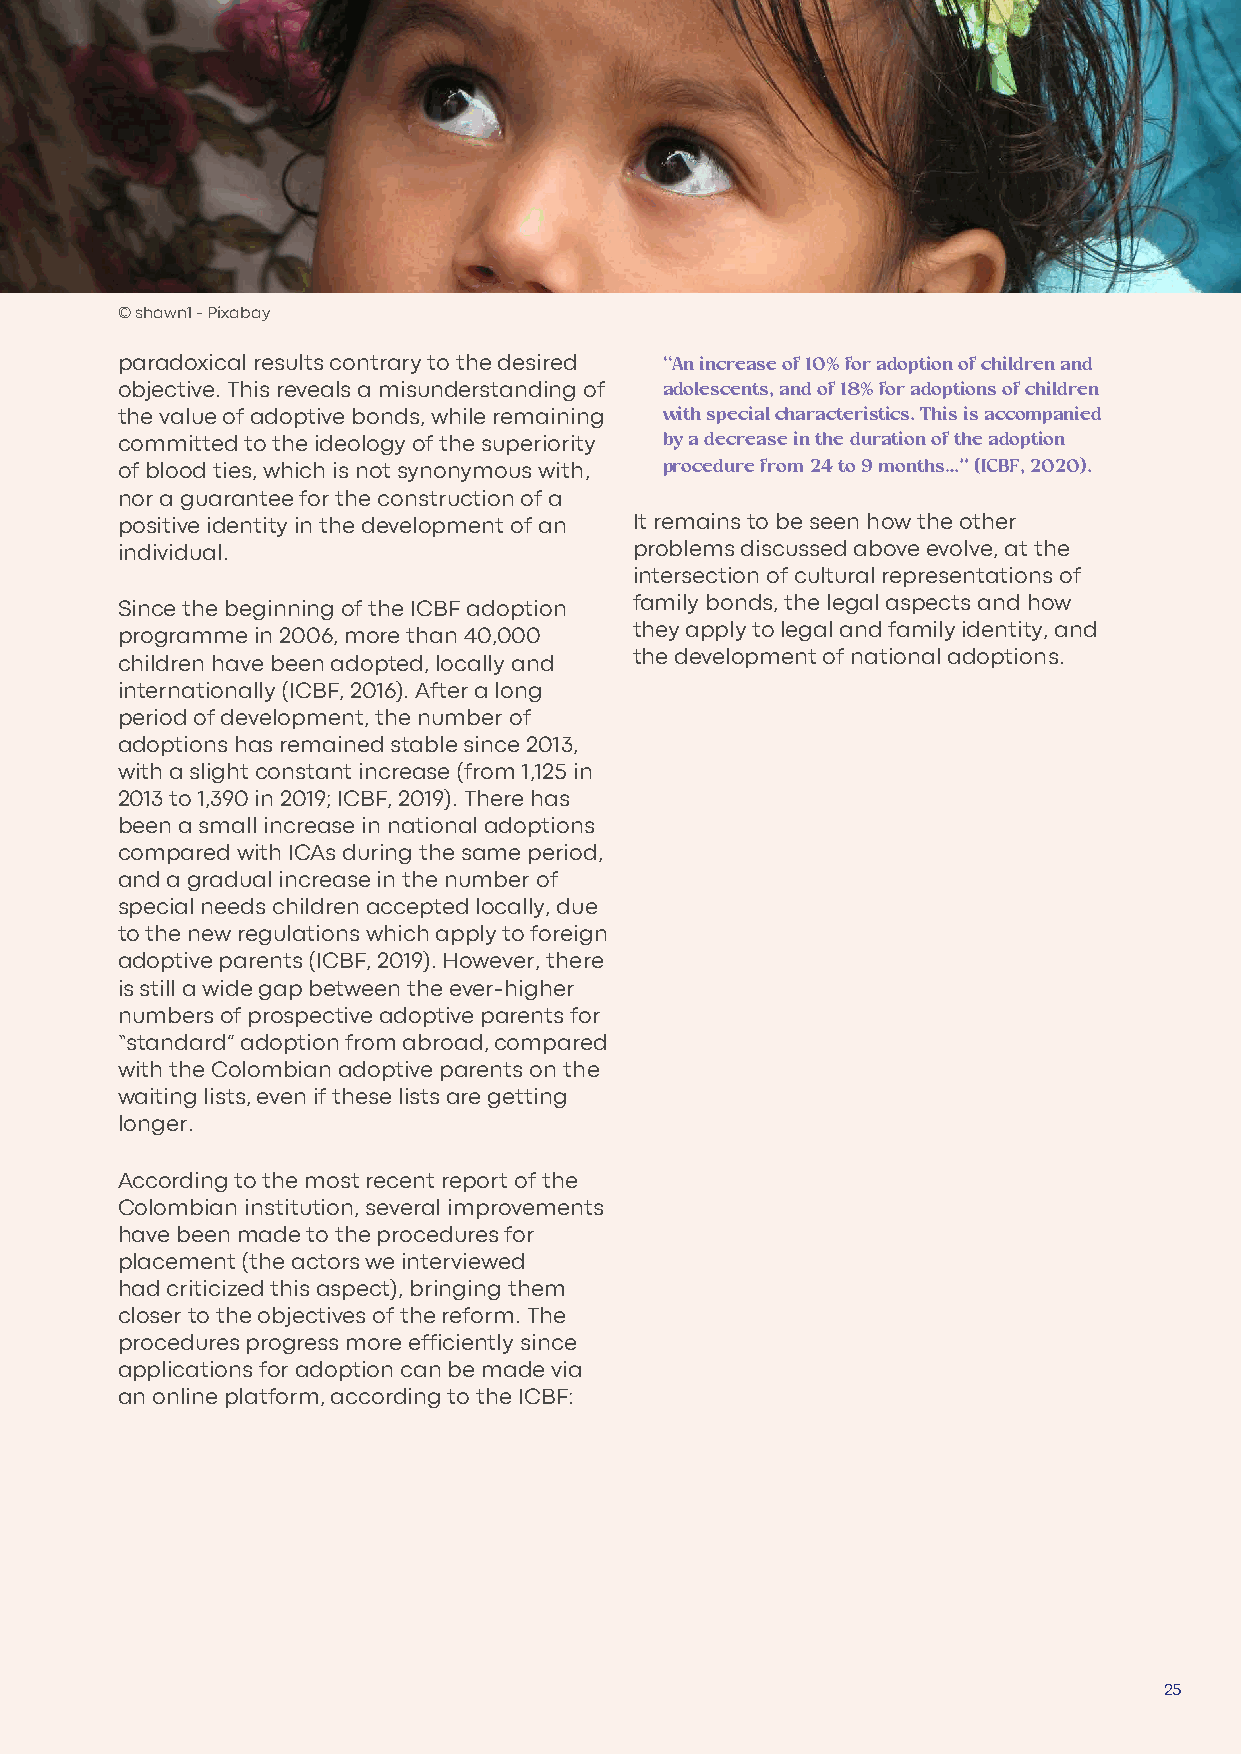
© shawn1 - Pixabay
 paradoxical results contrary to the desired “An increase of 10% for adoption of children and
 adolescents, and of 18% for adoptions of children
 objective. This reveals a misunderstanding of
 with special characteristics. This is accompanied
 the value of adoptive bonds, while remaining
 by a decrease in the duration of the adoption
 committed to the ideology of the superiority
 procedure from 24 to 9 months…” (ICBF, 2020).
 of blood ties, which is not synonymous with,
 nor a guarantee for the construction of a
 positive identity in the development of an It remains to be seen how the other
 individual.                       problems discussed above evolve, at the
 intersection of cultural representations of
 family bonds, the legal aspects and how
 Since the beginning of the ICBF adoption
 they apply to legal and family identity, and
 programme in 2006, more than 40,000
 the development of national adoptions.
 children have been adopted, locally and
 internationally (ICBF, 2016). After a long
 period of development, the number of
 adoptions has remained stable since 2013,
 with a slight constant increase (from 1,125 in
 2013 to 1,390 in 2019; ICBF, 2019). There has
 been a small increase in national adoptions
 compared with ICAs during the same period,
 and a gradual increase in the number of
 special needs children accepted locally, due
 to the new regulations which apply to foreign
 adoptive parents (ICBF, 2019). However, there
 is still a wide gap between the ever-higher
 numbers of prospective adoptive parents for
 “standard” adoption from abroad, compared
 with the Colombian adoptive parents on the
 waiting lists, even if these lists are getting
 longer.
 According to the most recent report of the
 Colombian institution, several improvements
 have been made to the procedures for
 placement (the actors we interviewed
 had criticized this aspect), bringing them
 closer to the objectives of the reform. The
 procedures progress more efficiently since
 applications for adoption can be made via
 an online platform, according to the ICBF:
 25